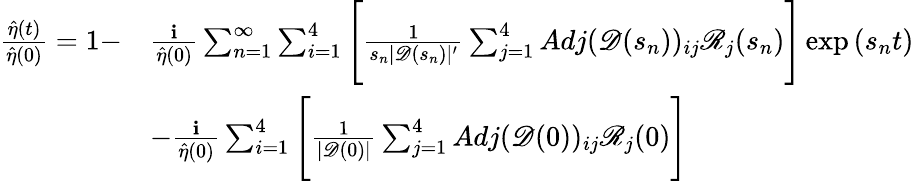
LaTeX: \begin{array}{rl}{\frac{\hat{\eta}(t)}{\hat{\eta}(0)}=1-}&{\frac{\textbf{i}}{\hat{\eta}(0)}\sum_{n=1}^{\infty}\sum_{i=1}^{4}\Bigg[\frac{1}{s_{n}|\mathscr{D}(s_{n})|^{\prime}}\sum_{j=1}^{4}Adj(\mathscr{D}(s_{n}))_{ij}\mathscr{R}_{j}(s_{n})\Bigg]\exp{(s_{n}t)}}\\ &{-\frac{\textbf{i}}{\hat{\eta}(0)}\sum_{i=1}^{4}\Bigg[\frac{1}{|\mathscr{D}(0)|}\sum_{j=1}^{4}Adj(\mathscr{D}(0))_{ij}\mathscr{R}_{j}(0)\Bigg]}\end{array}